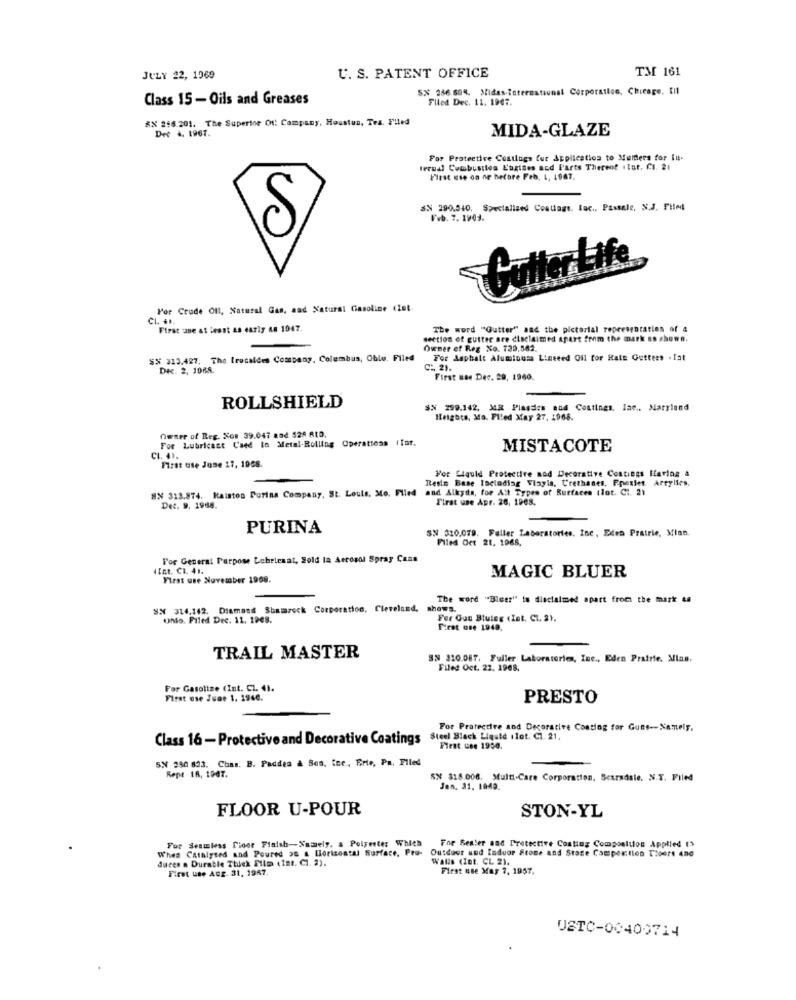
TM 161
JULY 22, 1969
U. S. PATENT OFFICE
SX 286.694. Midas-International Corporation, Chicage. til
Class 15 - Oils and Greases
Filed Dec. 11. 1907.
RX 266 201. The Superior Ot: Company, Houstun, Tea. Filed
Det 4, 1967.
MIDA-GLAZE
For Protective Costlugs fur Application to Mulders for Eu-
terudl Combustion Engines and Farts Thereof .lat. Cl. 21
First use on ne before Feb, L, 1967.
SN 290.540. Specialized Coations. lac ., Passale, N.J. Filed
Feb. 7. 1904.
S
Cutter Life
Por Crude Oil, Natural Gas, and Natural Gasoline (Int
CL. ..
First use at least as early as 1947.
The word ""Gutter"" and the pictorial representation of 4
section of gutter are disclaimed apart from the mark as shown.
Owner of Reg No. 739.562.
$$ 313.427. The trucaldes Company, Columbus, Oblo. Filed
For Asphalt Alumionss Linseed Oil for Hale Gettees . Iat
Dec. 2, 1088.
CL 21.
First Bee Dec. 29, 1960.
ROLLSHIELD
SN 299,142, MR Plasdies oud Coatings, lae ., Maryland
Heights, Ma. Filed May 27, 1968.
Owner of Reg. Nos 39.047 and 524 810.
For Lubricant L'aed In Metal-Rolling Operations ifor.
MISTACOTE
CI. 41.
First use Jose 27, 1968.
Por Liquid Protective sod Decorative Coatings Having a
Resin Base Including Vlayla, Crethanes, Ppestes. Areylies.
8X 313.874. Kaiston Purina Company, St. Louis, Mo. Filed and Alkyda, for All Types of Surfaces (lot. Ct. 2)
First use Apr. 26, 1968.
Det. 9. 1968.
PURINA
SN 320.079. Faller Laboratories, Inc, Eden Prairie, Mian.
Filed Oct 21, 1968,
For General Purpose Lebriesat, Sold la Aerosol Spray Cans
.Int. CL 41.
MAGIC BLUER
First use November 1968.
The word "Bluer" to disclaimed apart from the mark &a
SN 314,142. Diamond Shamrock Corporation, Cleveland, shows.
unio. Filed Dec. 11. 1988.
Fer Gun Bluleg (Int. Cl. 2).
First use 1949.
TRAIL MASTER
SN 310.087. Fuller Laboratorien, Inc ., Eden Prairie. Mina.
Filed Oct. 22. 1968.
For Gasoline (Int. CL. 4).
First use June 1. 1960.
PRESTO
For Protective and Decorative Coating for Guns -- Namely.
Class 16-Protective and Decorative Coatings
Steel Black Liquid ilot. C1. 21.
First use 1954.
5X 250 823. Chas. B. Paddes & Sos, inc ., Erte, Pa, Filed
Repe 18, 1947.
SX 318.006. Multi-Care Corporation. Scarsdale, N.Y. Filed
Jen. 31, 1049.
FLOOR U-POUR
STON-YL
For Seamless Pioor Finish-Namely, & Polyester Which
When Catalyzed and Poured 3G & Horizontal Surface, Pro- Outdoor und laduor Stone and Store Composition Tioert 480
For Seater and Protective Coating Composition Applied 15
duces a Durable Thick Film (int. Cl. 2).
Walls (Int. CL 2).
First use Auz. 31, 1967.
First use May 7, 1957.
USTC-00400714